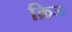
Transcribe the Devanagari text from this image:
क्रिज